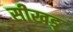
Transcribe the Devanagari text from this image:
सीखङ्